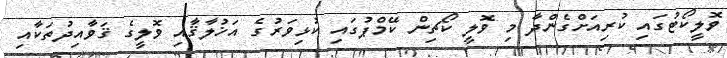
ވޮލީކޯޓުގައި ކުރިއަށްގެންދާ މި ވޮލީ ކޯޗިން ކޭމްޕުގައި ކުޅިވަރުގެ އަޚުލާޤާއި ވޮލީގެ ޤަވާއިދުތަކާއި